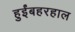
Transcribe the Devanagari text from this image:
हुईंबहरहाल